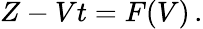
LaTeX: Z-Vt=F(V)\, .